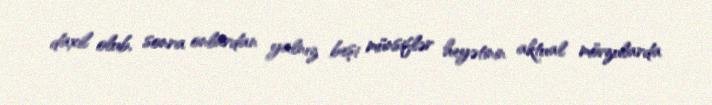
daxil olub, sonra onlardan yalnız beşi münsiflər heyətinin aktual mövzularda